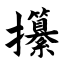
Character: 攥